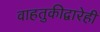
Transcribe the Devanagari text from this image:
वाहतुकीद्वारेही